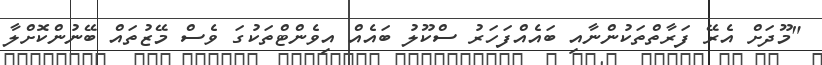
"މޫދަށް އެރޭ ފަރާތްތަކުންނާއި ބައެއްފަހަރު ސްކޫލު ބައެއް އިވެންޓްތަކުގަ ވެސް މޭޒުތައް ބޭނުންކޮށްލާ